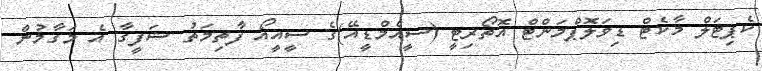
ކެޕިޓަލް މާކެޓް ޑިވަލޮޕްމަންޓް އޮތޯރިޓީ (ސީއެމްޑީއޭ)ގެ ސީއީއޯ ފާތިމަތު ޝަފީގާ އެ މަގާމުން